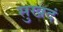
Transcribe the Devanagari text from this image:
सुखदं